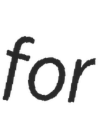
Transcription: for